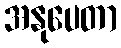
အနုပေတာ